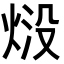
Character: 𭴱